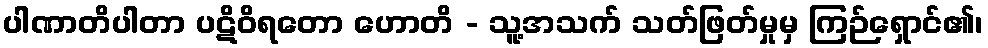
ပါဏာတိပါတာ ပဋိဝိရတော ဟောတိ - သူ့အသက် သတ်ဖြတ်မှုမှ ကြဉ်ရှောင်၏၊